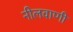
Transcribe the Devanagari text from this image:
नीलवाणी